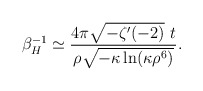
\begin{align*}\beta_H^{-1} \simeq \frac{ 4\pi \sqrt{-\zeta'(-2)}\ t}{\rho\sqrt{-\kappa \ln (\kappa \rho^6)} }.\end{align*}